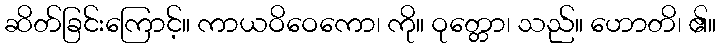
ဆိတ်ခြင်းကြောင့်။ ကာယဝိဝေကော၊ ကို။ ဝုတ္တော၊ သည်။ ဟောတိ၊ ၏။